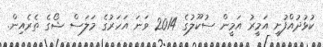
ކުޅުދުއްފުށީ އަމީރު އަމީން ސުކޫލުގެ 2014 ވަނަ އަހަރުގެ މަލަސް ޝޯގެ ތެރެއިން.